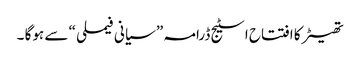
تھیٹر کا افتتاح اسٹیج ڈرامہ ” سیانی فیملی “ سے ہوگا ۔